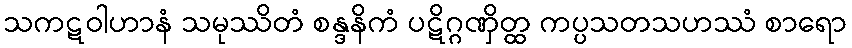
သကဋဝါဟာနံ သမုဿိတံ စန္ဒနိကံ ပဋိဂ္ဂဏှိတ္ထ ကပ္ပသတသဟဿံ စာရော